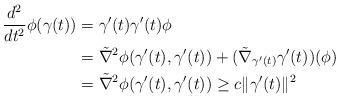
LaTeX: \begin{align*}\frac{d^2}{dt^2}\phi(\gamma(t))= {} &\gamma^\prime(t) \gamma^\prime(t) \phi\\= {} &\tilde \nabla^2 \phi(\gamma^\prime (t),\gamma^\prime (t))+ (\tilde \nabla_{\gamma^\prime(t)}\gamma^\prime(t))(\phi)\\= {} & \tilde\nabla^2 \phi(\gamma^\prime (t),\gamma^\prime (t))\geq c \Vert \gamma^\prime(t)\Vert^2\end{align*}